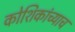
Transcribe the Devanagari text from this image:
कोशिकांच्याच